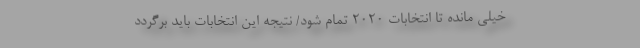
خیلی مانده تا انتخابات 2020 تمام شود/ نتیجه این انتخابات باید برگردد